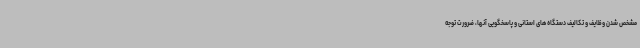
مشخص شدن وظایف و تکالیف دستگاه های استانی و پاسخگویی آنها، ضرورت توجه